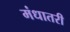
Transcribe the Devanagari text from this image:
मंधातरी